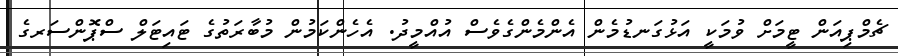
ޗެމްޕިއަން ޓީމަށް ވުމަކީ އަޅުގަނޑުމެން އެންމެންގެވެސް އުއްމީދު. އެހެންކަމުން މުބާރަތުގެ ޓައިޓަލް ސްޕޮންސަރގެ